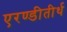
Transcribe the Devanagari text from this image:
एरण्डीतीर्थ